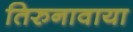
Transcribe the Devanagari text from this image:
तिरुनावाया